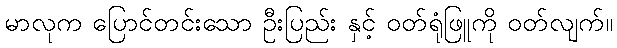
မာလုက ပြောင်တင်းသော ဦးပြည်း နှင့် ဝတ်ရုံဖြူကို ဝတ်လျက်။